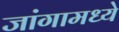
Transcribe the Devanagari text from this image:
जांगामध्ये